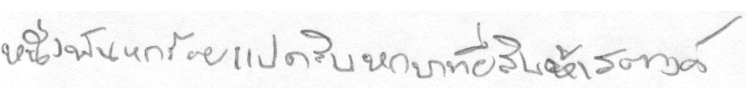
หนึ่งพันหกร้อยแปดสิบบหกบาทยี่สิบห้าสตางค์